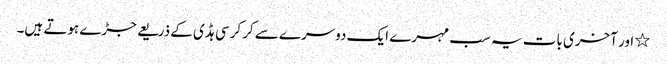
٭ اور آخری بات یہ سب مہرے ایک دوسرے سے کرکرسی ہڈی کے ذریعے جڑے ہوتے ہیں۔